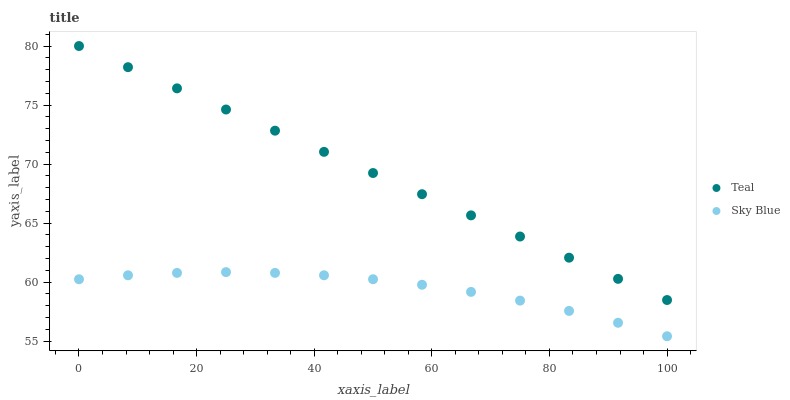
| xaxis_label | Teal | Sky Blue |
 | --- | --- | --- |
 | 0 | 80 | 60.2 |
 | 8.33 | 78.2 | 60.6 |
 | 16.7 | 76.4 | 60.8 |
 | 25 | 74.6 | 60.8 |
 | 33.3 | 72.8 | 60.8 |
 | 41.7 | 71 | 60.6 |
 | 50 | 69.2 | 60.2 |
 | 58.3 | 67.4 | 59.8 |
 | 66.7 | 65.7 | 59.2 |
 | 75 | 63.9 | 58.4 |
 | 83.3 | 62.1 | 57.6 |
 | 91.7 | 60.3 | 56.6 |
 | 100 | 58.5 | 55.4 |